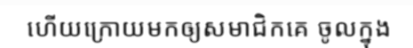
ហើយក្រោយមកឲ្យសមាជិកគេ ចូលក្នុង